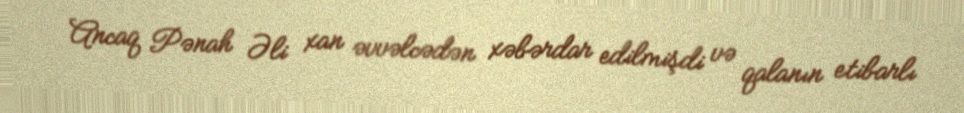
Ancaq Pənah Əli xan əvvəlcədən xəbərdar edilmişdi və qalanın etibarlı